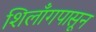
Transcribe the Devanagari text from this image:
शिलाँगपासून